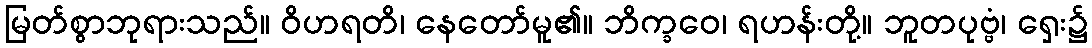
မြတ်စွာဘုရားသည်။ ဝိဟရတိ၊ နေတော်မူ၏။ ဘိက္ခဝေ၊ ရဟန်းတို့။ ဘူတပုဗ္ဗံ၊ ရှေး၌